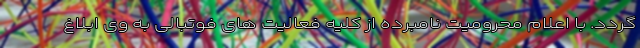
گردد. با اعلام محرومیت نامبرده از کلیه فعالیت های فوتبالی به وی ابلاغ